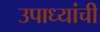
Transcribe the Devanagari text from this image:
उपाध्यांची